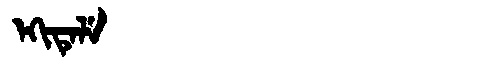
Manchu: ᡝᡴᡳᡨᡝᠯᡝ
Romanization: EKITELE